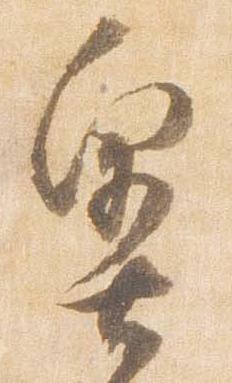
奥